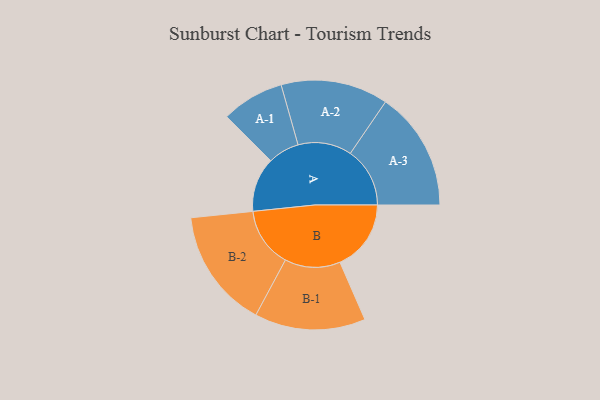
{"axis": {"x": "Segment", "y": "Value"}, "legend": ["", "A", "B"], "data": [{"x": "A", "y": 212, "type": ""}, {"x": "B", "y": 277, "type": ""}, {"x": "A-1", "y": 122, "type": "A"}, {"x": "A-2", "y": 209, "type": "A"}, {"x": "A-3", "y": 232, "type": "A"}, {"x": "B-1", "y": 216, "type": "B"}, {"x": "B-2", "y": 233, "type": "B"}]}